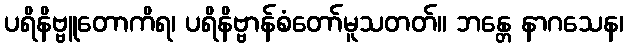
ပရိနိဗ္ဗူတောကိရ၊ ပရိနိဗ္ဗာန်စံတော်မူသတတ်။ ဘန္တေ နာဂသေန၊